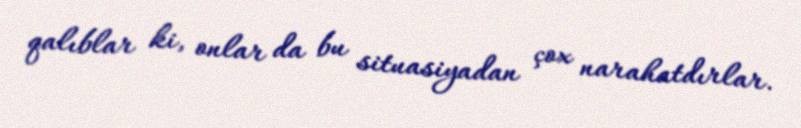
qalıblar ki, onlar da bu situasiyadan çox narahatdırlar.